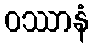
ဝဿာနံ